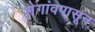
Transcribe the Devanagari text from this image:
शेगांवपासून